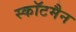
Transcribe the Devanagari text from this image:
स्कॉटमैन